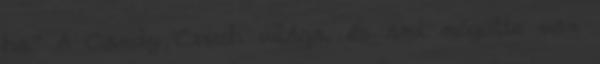
ha.” A Candy Crush világa, és ami mögötte van